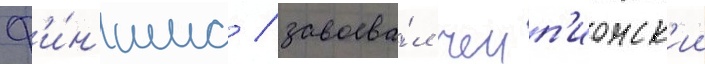
ф'и́н'иша / завоева́л чемп'ионск'ии